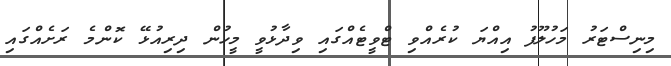
މިނިސްޓަރު މަހުލޫފު އިއްޔަ ކުރެއްވި ޓްވީޓެއްގައި ވިދާޅުވީ މީހުން ދިރިއުޅޭ ކޮންމެ ރަށެއްގައި